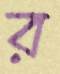
র